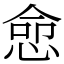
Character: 㥐